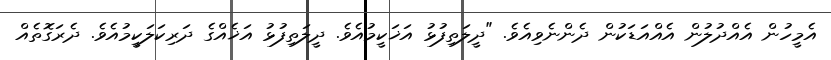
އެމީހުން އެއްދުލުން އެއްއަޑަކުން ދެންނެވިއެވެ. "ދީލަތިފުޅު އަޚަކީމުއެވެ. ދީލަތިފުޅު އަޚެއްގެ ދަރިކަލަކީމުއެވެ. ދެރަގޮތެއް